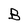
Character: B